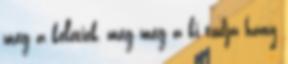
meg a keletiek, meg még a ki tudja hány